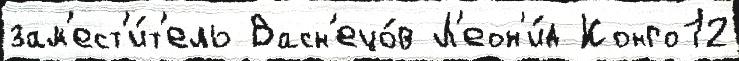
зам'ест'и́т'ель Васн'ецо́в Л'еон'и́д Конго12